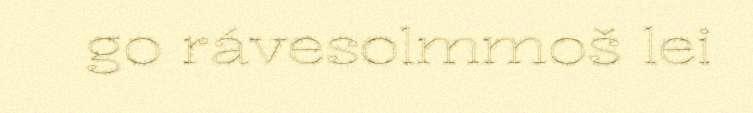
go rávesolmmoš lei